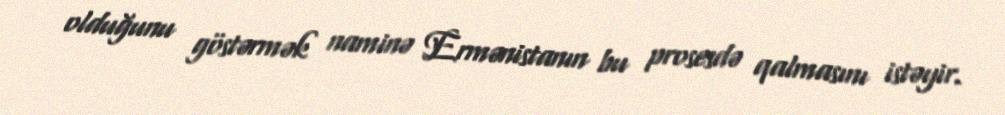
olduğunu göstərmək naminə Ermənistanın bu prosesdə qalmasını istəyir.